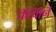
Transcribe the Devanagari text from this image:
कावान